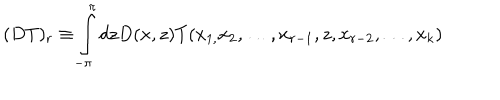
( D T ) _ { r } \equiv \int _ { - \pi } ^ { \pi } d z D ( x , z ) T ( x _ { 1 , } x _ { 2 } , \ldots , x _ { r - 1 } , z , x _ { r - 2 } , \ldots , x _ { k } )